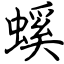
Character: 螇